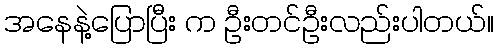
အနေနဲ့ပြောပြီး က ဦးတင်ဦးလည်းပါတယ်။